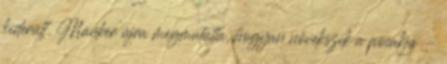
kiderült. Manker újra megmutatta, hogyan növekszik a pocakja -